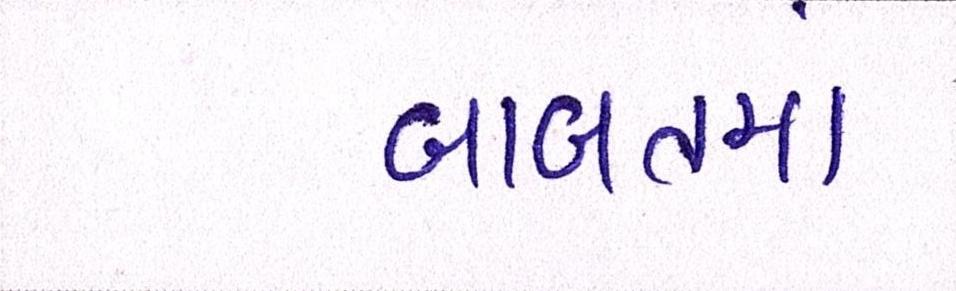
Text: બાબતમાં